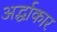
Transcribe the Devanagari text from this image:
अर्द्धाकार